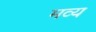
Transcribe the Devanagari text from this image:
मव्य